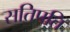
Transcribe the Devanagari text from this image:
सतिपति